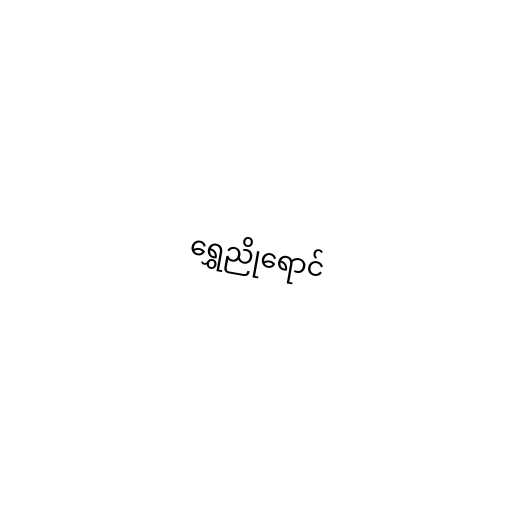
ရွှေညိုရောင်